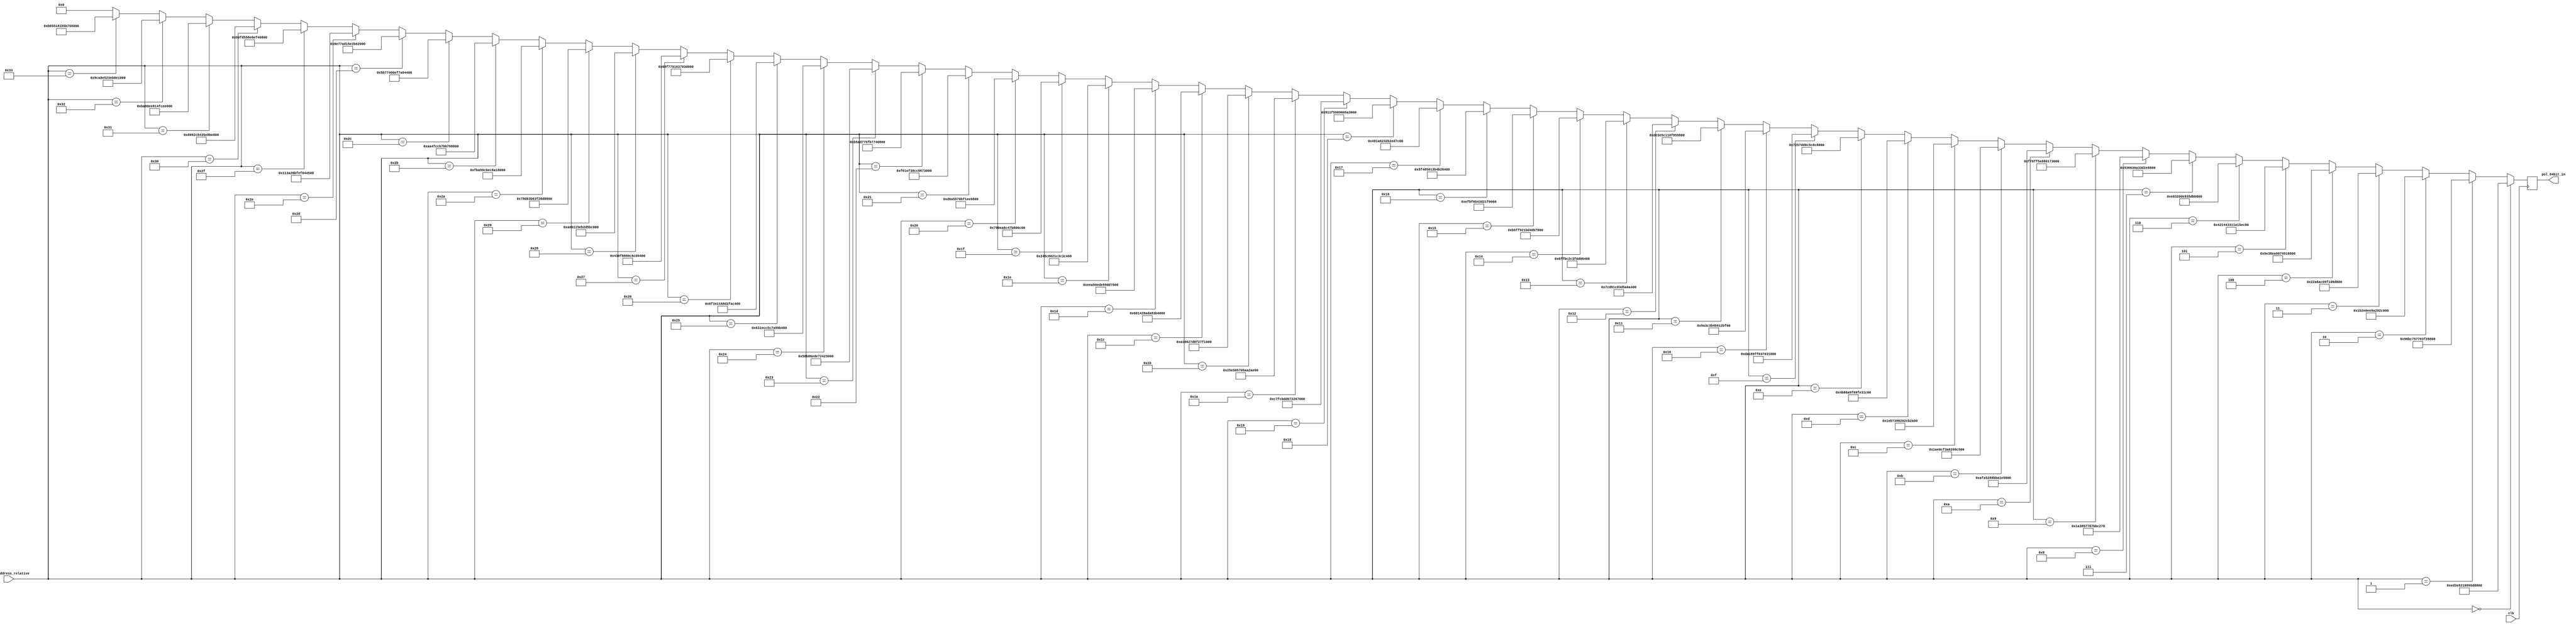
module pol_rom(clk, bram_address_relative, pol_64bit_in);
input clk;
input [7:0] bram_address_relative;
output reg [63:0] pol_64bit_in;

wire [63:0] pol_64bit_in_wire;
assign pol_64bit_in_wire = 	
						(bram_address_relative==7'd0) ?  64'b1110110100111110100000100001100010001001010111011000101001010000:
            (bram_address_relative==7'd1) ?  64'b1001011010111100011101010111011100000011111100101000010000000100:
            (bram_address_relative==7'd2) ?  64'b0001101100101110000011101110100110100010100100101100000000110000:
            (bram_address_relative==7'd3) ?  64'b0010001010100110101011000000100111110001110101101101100010010100:
            (bram_address_relative==7'd4) ?  64'b1001111000111000111010101001000001110100010100011000100111110001:
            (bram_address_relative==7'd5) ?  64'b0100001000010100010000110011000100011010000101011110110101000101:
            (bram_address_relative==7'd6) ?  64'b1110000000110010000011011110100100110101110110111011010001010111:
            (bram_address_relative==7'd7) ?  64'b1001001101100110001100001010001100111101001011101000011001110110:
            (bram_address_relative==7'd8) ?  64'b0000000110100011100001010111011101100111101110111100001001101011:
            (bram_address_relative==7'd9) ?  64'b1111011101101111111101011010100110000000000101110011001110101100:
            (bram_address_relative==7'd10) ?  64'b1010111110100101001010001000101110111010000111100101100000100111:
            (bram_address_relative==7'd11) ?  64'b0001101011100000110011110011101001100010000010011100010011101110:
            (bram_address_relative==7'd12) ?  64'b0001111010110111001110010000001000000010110010110010100111001010:
            (bram_address_relative==7'd13) ?  64'b0100101110000110101010011111011010011111111000110001101001001000:
            (bram_address_relative==7'd14) ?  64'b0111001001010111110111010000110001011100100011001000000010101110:
            (bram_address_relative==7'd15) ?  64'b1101101000011000100111111111011000110111000000110001001110011010:
            (bram_address_relative==7'd16) ?  64'b0000100110100011110000111011010010111001000100101011111100101001:
            (bram_address_relative==7'd17) ?  64'b1101111000111110010111000001000100001111100101011001010010001011:
            (bram_address_relative==7'd18) ?  64'b0111110011011001000111001000001111010101101000001010010011100111:
            (bram_address_relative==7'd19) ?  64'b0110111111111011110000101100001111110000110100000110010100001101:
            (bram_address_relative==7'd20) ?  64'b1011010111111111100100100001101111010100000010110111000101001010:
            (bram_address_relative==7'd21) ?  64'b1110111110111111011010110100001111010010000111101111110110001001:
            (bram_address_relative==7'd22) ?  64'b0101111101001000010100000001001110110100101100101000010100101111:
            (bram_address_relative==7'd23) ?  64'b0100100100011010011000100100001010110010111011010111101000010011:
            (bram_address_relative==7'd24) ?  64'b1001000100011111010101011000100101100000010110100010110110110010:
            (bram_address_relative==7'd25) ?  64'b1100011111111100101111011101000001110010001001100111001011000001:
            (bram_address_relative==7'd26) ?  64'b0010010111100101100001010111000001011010101000101010111011010100:
            (bram_address_relative==7'd27) ?  64'b1010000101100110001001111101100011110010011111110000111001011001:
            (bram_address_relative==7'd28) ?  64'b0110000000010100001010001010110110101000001110110011111110100110:
            (bram_address_relative==7'd29) ?  64'b1110111010100101000011101101111001011001110111010111100000001111:
            (bram_address_relative==7'd30) ?  64'b0010010001011100011001100010000111000011110000111100001111001110:
            (bram_address_relative==7'd31) ?  64'b0111100110011110101010001100010001111011100000000110110110111001:
            (bram_address_relative==7'd32) ?  64'b1101011010100101010101110000101111110001111011101001100000100000:
            (bram_address_relative==7'd33) ?  64'b1111011000011110111100111000110011000000011001110011001100010100:
            (bram_address_relative==7'd34) ?  64'b1011010110101101011101110101111110110111011101000000011100000101:
            (bram_address_relative==7'd35) ?  64'b0101100010110000011011101101111001110010010000100011000001100000:
            (bram_address_relative==7'd36) ?  64'b0110001100011110110011000101110001111010100110011011010110111001:
            (bram_address_relative==7'd37) ?  64'b0110111100110100000100010110100011010010111110101100001100010000:
            (bram_address_relative==7'd38) ?  64'b0110100011110111011110010001011000110111000000111100111101101101:
            (bram_address_relative==7'd39) ?  64'b0100001100001111100010001000000011000110110011010100010010101001:
            (bram_address_relative==7'd40) ?  64'b1010111010110001000101011110101100101101010110111011111000010100:
            (bram_address_relative==7'd41) ?  64'b0111100011010110001110110110001111110010100011011000011100001111:
            (bram_address_relative==7'd42) ?  64'b1111101110101001100111000110111011001000101000011000001010110110:
            (bram_address_relative==7'd43) ?  64'b1010101001001111110011001011011110111011011110011000011011011111:
            (bram_address_relative==7'd44) ?  64'b0101101101110111010000000000111011110111101001100100001011100000:
            (bram_address_relative==7'd45) ?  64'b1000111001110111101011010001010111100010101101100001111000000100:
            (bram_address_relative==7'd46) ?  64'b0001000100111010001001101011111111101111011001000100010011111111:
            (bram_address_relative==7'd47) ?  64'b0110100111111101010101010110111001101110111101000000100110000100:
            (bram_address_relative==7'd48) ?  64'b1000100110010010110010000100001101011110100010111110010110010010:
            (bram_address_relative==7'd49) ?  64'b1011101010010000111011101000000101001111110011101101110010110110:
            (bram_address_relative==7'd50) ?  64'b1001110010101000111001010010001111101011100011100001001110110110:
            (bram_address_relative==7'd51) ?  64'b1011011001010101000110000001101101011011011101010101110000100010: 
						64'd0;
						
		always @(posedge clk)
			pol_64bit_in <= pol_64bit_in_wire;
			
endmodule